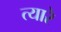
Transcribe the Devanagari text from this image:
त्यारे